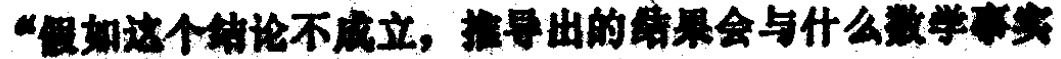
“假如这个结论不成立，推导出的结果会与什么数学事实